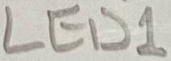
Text: LED1